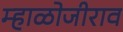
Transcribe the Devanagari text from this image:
म्हाळोजीराव